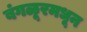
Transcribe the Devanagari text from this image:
बंगळूरमधून